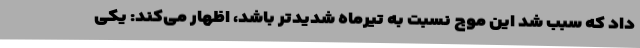
داد که سبب شد این موج نسبت به تیرماه شدیدتر باشد، اظهار می‌کند: یکی